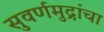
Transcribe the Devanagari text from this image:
सुवर्णमुद्रांचा